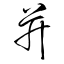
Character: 并